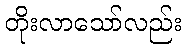
တိုးလာသော်လည်း